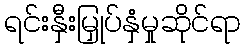
ရင်းနှီးမြှုပ်နှံမှုဆိုင်ရာ